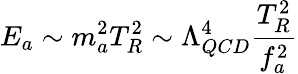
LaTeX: E_{a}\sim m_{a}^{2}T_{R}^{2}\sim\Lambda_{QCD}^{4}{\frac{T_{R}^{2}}{f_{a}^{2}}}